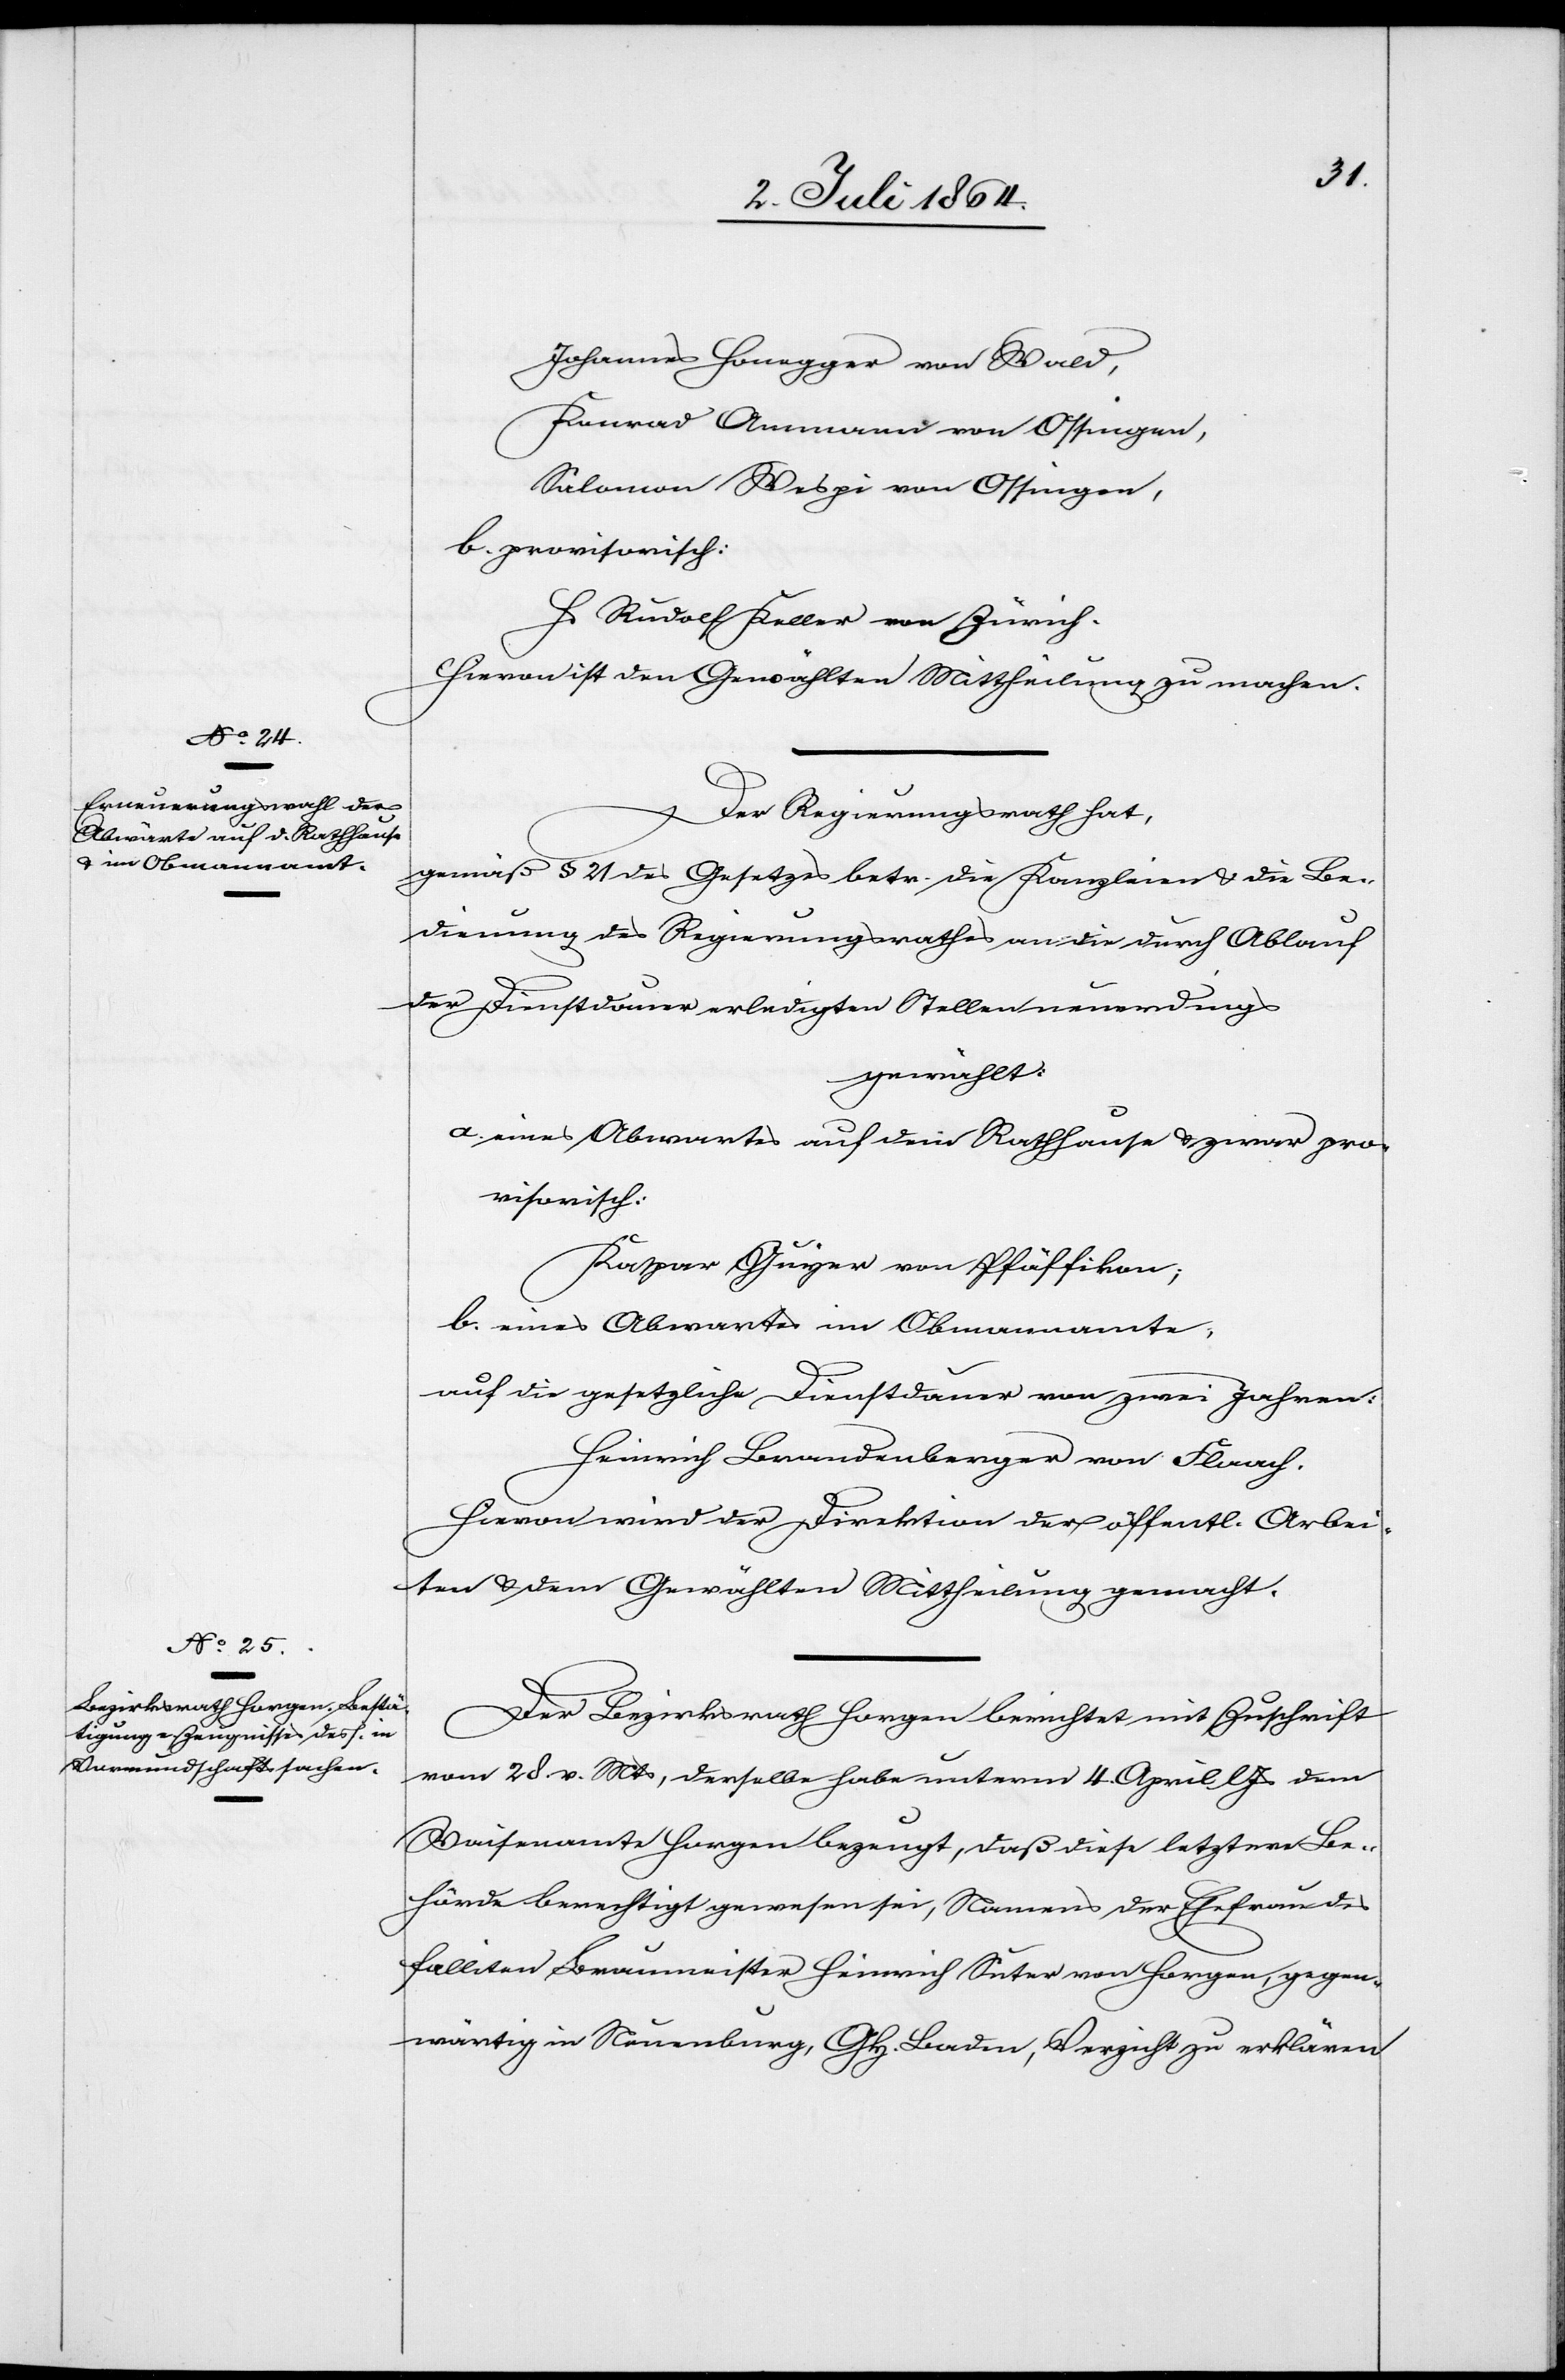
Johannes Honegger von Wald,
Konrad Ammann von Ossingen,
Salomon Wespi von Ossingen,
b. provisorisch:
Hs Rudolf Keller von Zürich.
Hievon ist den Gewählten Mittheilung zu machen.
Der Regierungsrath hat,
gemäß § 21 des Gesetzes betr. die Kanzleien u. die Be¬
dienung des Regierungsrathes an die durch Ablauf
der Dienstdauer erledigten Stellen neuerdings
gewählt:
a. eines Abwartes auf dem Rathhause u. zwar pro¬
visorisch:
Kaspar Gujer von Pfäffikon;
b. eines Abwartes im Obmannamte,
auf die gesetzliche Dienstdauer von zwei Jahren:
Heinrich Brandenberger von Flaach.
Hievon wird der Direktion der öffentl. Arbei¬
ten u. dem Gewählten Mittheilung gemacht.
Der Bezirksrath Horgen berichtet mit Zuschrift
vom 28. v. Mts., derselbe habe unterm 4. April l. Js. dem
Waisenamte Horgen bezeugt, daß diese letztere Be¬
hörde berechtigt gewesen sei, Namens der Ehefrau des
falliten Braumeister Heinrich Suter von Horgen, gegen¬
wärtig in Neuenburg, Gh. Baden, Verzicht zu erklären